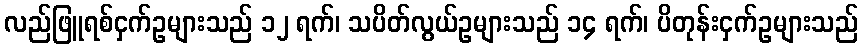
လည်ဖြူရစ်ငှက်ဥများသည် ၁၂ ရက်၊ သပိတ်လွယ်ဥများသည် ၁၄ ရက်၊ ပိတုန်းငှက်ဥများသည်